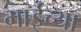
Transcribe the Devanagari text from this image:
माईंच्या